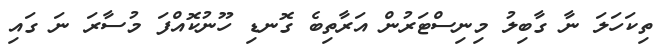
ތިކަހަލަ ނާ ގާބިލު މިނިސްޓަރުން އަރާތިބެ ގޮނޑި ހޫނުކޮއްފަ މުސާރަ ނަ ގައި